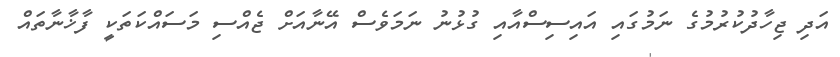
އަދި ޖިހާދުކުރުމުގެ ނަމުގައި އައިސިސްއާއި ގުޅުނު ނަމަވެސް އޭނާއަށް ޖެއްސި މަސައްކަތަކީ ފާޚާނާތައް